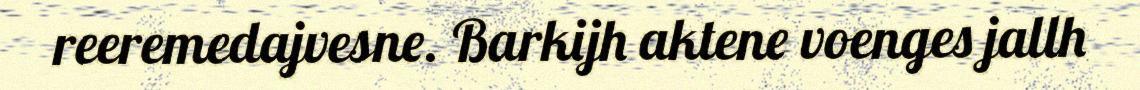
reeremedajvesne. Barkijh aktene voenges jallh